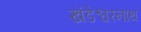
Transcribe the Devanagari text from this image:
खंडेश्वरनाथ